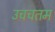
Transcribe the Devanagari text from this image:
उचचतम